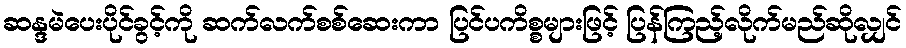
ဆန္ဒမဲပေးပိုင်ခွင့်ကို ဆက်လက်စစ်ဆေးကာ ပြင်ပကိစ္စများဖြင့် ပြန်ကြည့်လိုက်မည်ဆိုလျှင်